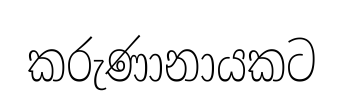
කරුණානායකට